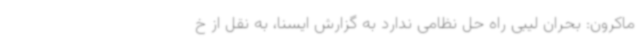
ماکرون: بحران لیبی راه حل نظامی ندارد به گزارش ایسنا، به نقل از خ